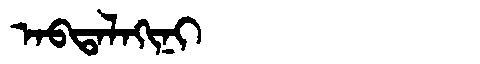
Manchu: ᠠᠪᡨᠠᠯᠠᡴᡳᠨᡳ
Romanization: ABTALAKINI